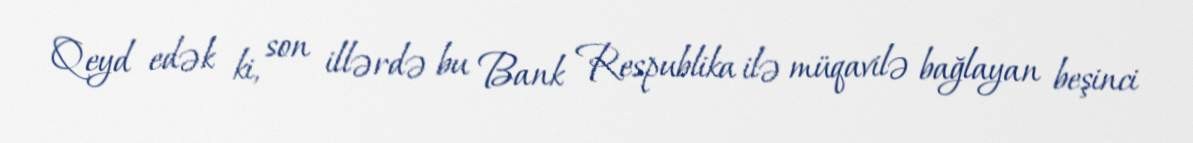
Qeyd edək ki, son illərdə bu Bank Respublika ilə müqavilə bağlayan beşinci